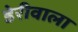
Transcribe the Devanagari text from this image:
डेरीवाला